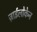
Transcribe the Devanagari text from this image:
ज़ाईलोकेन